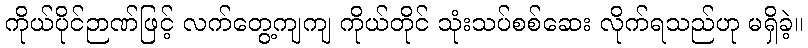
ကိုယ်ပိုင်ဉာဏ်ဖြင့် လက်တွေ့ကျကျ ကိုယ်တိုင် သုံးသပ်စစ်ဆေး လိုက်ရသည်ဟု မရှိခဲ့။